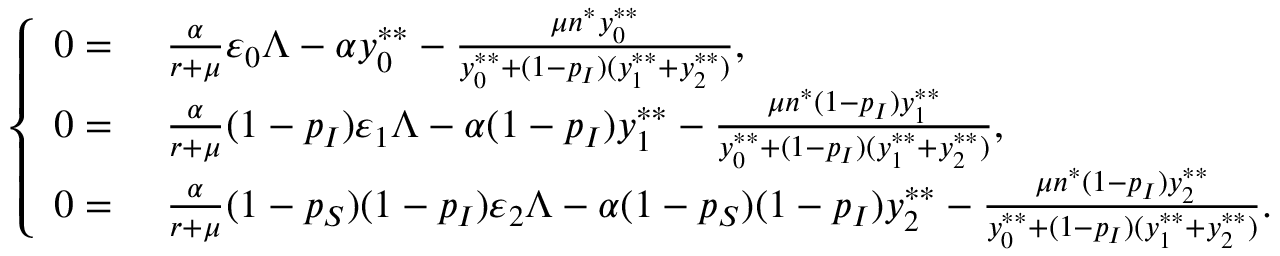
\left\{ \begin{array} { r l } { 0 = } & { ~ \frac { \alpha } { r + \mu } \varepsilon _ { 0 } \Lambda - \alpha y _ { 0 } ^ { * * } - \frac { \mu n ^ { * } y _ { 0 } ^ { * * } } { y _ { 0 } ^ { * * } + ( 1 - p _ { I } ) ( y _ { 1 } ^ { * * } + y _ { 2 } ^ { * * } ) } , } \\ { 0 = } & { ~ \frac { \alpha } { r + \mu } ( 1 - p _ { I } ) \varepsilon _ { 1 } \Lambda - \alpha ( 1 - p _ { I } ) y _ { 1 } ^ { * * } - \frac { \mu n ^ { * } ( 1 - p _ { I } ) y _ { 1 } ^ { * * } } { y _ { 0 } ^ { * * } + ( 1 - p _ { I } ) ( y _ { 1 } ^ { * * } + y _ { 2 } ^ { * * } ) } , } \\ { 0 = } & { ~ \frac { \alpha } { r + \mu } ( 1 - p _ { S } ) ( 1 - p _ { I } ) \varepsilon _ { 2 } \Lambda - \alpha ( 1 - p _ { S } ) ( 1 - p _ { I } ) y _ { 2 } ^ { * * } - \frac { \mu n ^ { * } ( 1 - p _ { I } ) y _ { 2 } ^ { * * } } { y _ { 0 } ^ { * * } + ( 1 - p _ { I } ) ( y _ { 1 } ^ { * * } + y _ { 2 } ^ { * * } ) } . } \end{array} \right.